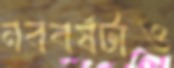
নববর্ষটাও